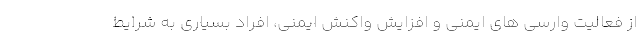
از فعالیت وارسی های ایمنی و افزایش واکنش ایمنی، افراد بسیاری به شرایط